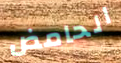
الحامض